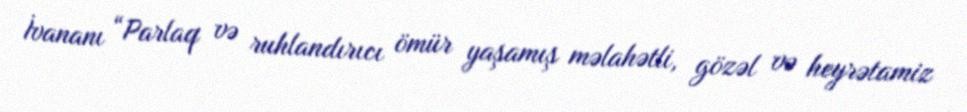
İvananı “Parlaq və ruhlandırıcı ömür yaşamış məlahətli, gözəl və heyrətamiz